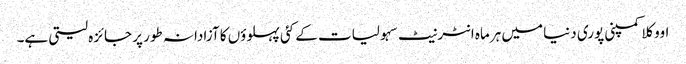
اووکلا کمپنی پوری دنیا میں ہرماہ انٹرنیٹ سہولیات کے کئی پہلوؤں کا آزادانہ طور پر جائزہ لیتی ہے۔